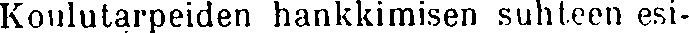
Koulutarpeiden hankkimisen suhteen esi-